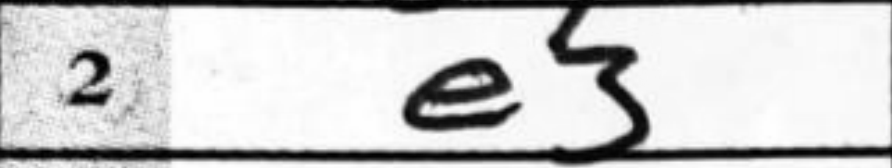
Transcription: e3